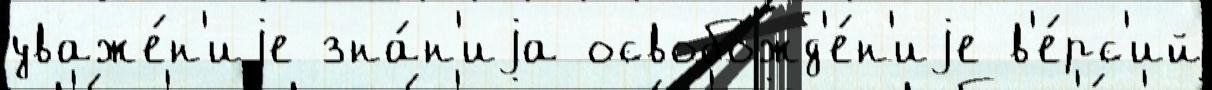
уваже́н'иjе зна́н'иjа освобожд'е́н'иjе в'е́рс'ий